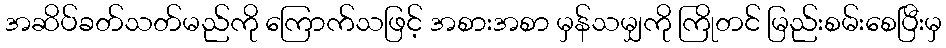
အဆိပ်ခတ်သတ်မည်ကို ကြောက်သဖြင့် အစားအစာ မှန်သမျှကို ကြိုတင် မြည်းစမ်းစေပြီးမှ